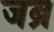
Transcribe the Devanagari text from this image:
जब्र